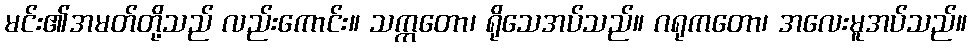
မင်း၏အမတ်တို့သည် လည်းကောင်း။ သက္ကတော၊ ရိုသေအပ်သည်။ ဂရုကတော၊ အလေးမူအပ်သည်။